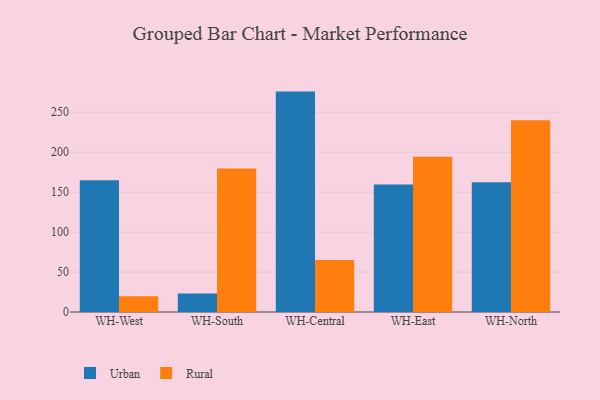
{"axis": {"x": "Warehouse", "y": "Shipments"}, "legend": ["Rural", "Urban"], "data": [{"x": "WH-West", "y": 164.9, "type": "Urban"}, {"x": "WH-West", "y": 19.6, "type": "Rural"}, {"x": "WH-South", "y": 23.3, "type": "Urban"}, {"x": "WH-South", "y": 179.7, "type": "Rural"}, {"x": "WH-Central", "y": 275.9, "type": "Urban"}, {"x": "WH-Central", "y": 65.2, "type": "Rural"}, {"x": "WH-East", "y": 159.5, "type": "Urban"}, {"x": "WH-East", "y": 194.3, "type": "Rural"}, {"x": "WH-North", "y": 162.4, "type": "Urban"}, {"x": "WH-North", "y": 239.9, "type": "Rural"}]}